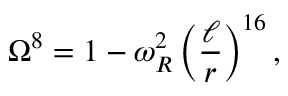
\Omega ^ { 8 } = 1 - \omega _ { R } ^ { 2 } \left( \frac { \ell } { r } \right) ^ { 1 6 } ,